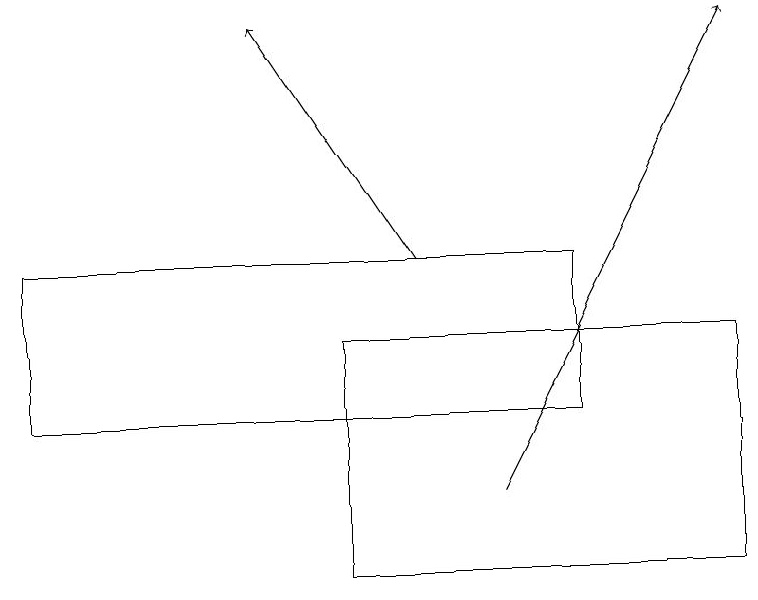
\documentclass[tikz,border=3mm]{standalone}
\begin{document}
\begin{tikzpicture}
\draw (9,14) rectangle (4,11);
\draw (0,15) rectangle (7,13);
\draw[->] (5,15) -- (3,18);
\draw[->] (6,12) -- (9,18);
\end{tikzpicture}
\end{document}